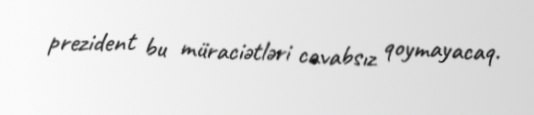
prezident bu müraciətləri cavabsız qoymayacaq.